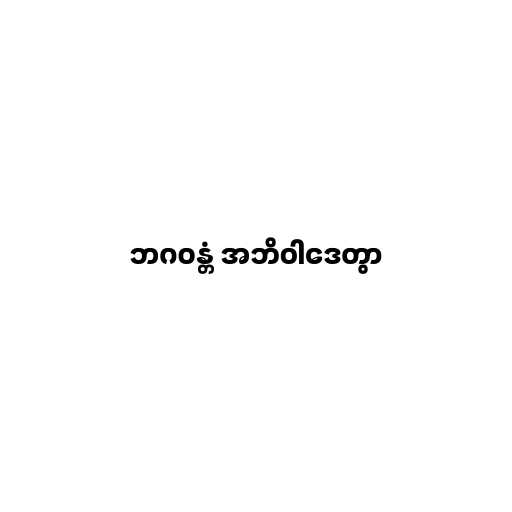
ဘဂဝန္တံ အဘိဝါဒေတွာ